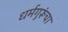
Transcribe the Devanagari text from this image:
धर्मगुरूंचा